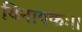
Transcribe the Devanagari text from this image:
विनायकः।।